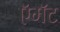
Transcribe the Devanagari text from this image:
ऍमॅट